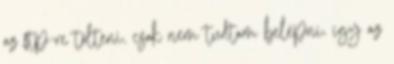
az ftp-re tölteni, csak nem tudtam belépni, így az